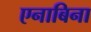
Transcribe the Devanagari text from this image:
एनाबिना